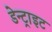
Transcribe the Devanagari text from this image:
डेन्ट्राइट